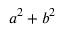
a ^ { 2 } + b ^ { 2 }